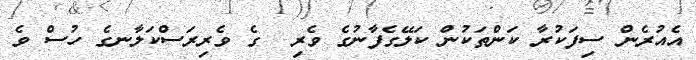
އެއުރެން ސިފަކުރާ ކަންތަކުން ކަލޭގެފާނުގެ ވެރި  ގެ ވެރިރަސްކަލާނގެ ހުސް ވެ